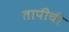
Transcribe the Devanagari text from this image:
तापीची